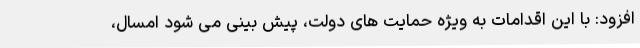
افزود: با این اقدامات به ویژه حمایت های دولت، پیش بینی می شود امسال،